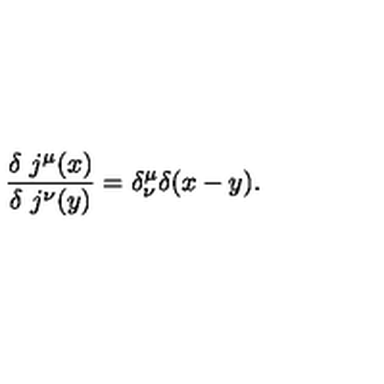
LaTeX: \frac { \delta \ j ^ { \mu } ( x ) } { \delta \ j ^ { \nu } ( y ) } = \delta _ { \nu } ^ { \mu } \delta ( x - y ) .